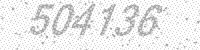
Solution: 504136